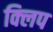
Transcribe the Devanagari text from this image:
क्‍िलप